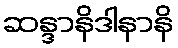
ဆန္ဒာနိဒါနာနိ